Report on the Civil Veterinary Department, Eastern Bengal and Assam - 1907-1911
Year: 1907
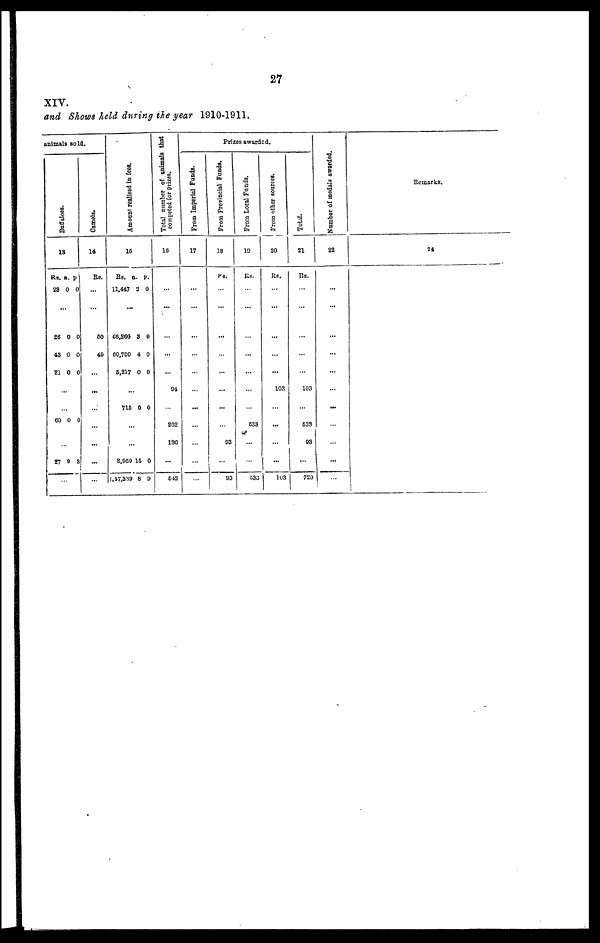
27
XIV.
and Shows held during the year 1910-1911.
animals sold.
Buffaloes.
13
RS. a. p.
23 0 0
...
26 0 0
43 0 0
21 0 0
...
...
60 0 0
...
27 9 3
...
Camels.
14
Re.
...
...
50
49
...
...
...
...
...
...
Amount realised in fees.
15
Rs. a. p.
11,447 2 0
...
66,260 3 0
69,790 4 0
5,217 0 0
...
715 0 0
...
...
2,959 15 0
1,47,389 8 9
Total number of animals that
competed for prizes.
16
...
...
...
...
...
94
...
202
186
...
642
From Imperial Funds.
17
...
...
...
...
...
...
...
...
...
...
...
Frizes awarded.
From Provincial Funds.
18
Rs.
...
...
...
...
...
...
...
...
93
...
93
From Local Funds.
19
Rs.
...
...
...
...
...
...
...
533
...
...
533
From other sources.
20
Rs.
...
...
...
...
...
103
...
...
...
...
103
Total.
21
Rs.
...
...
...
...
...
103
...
533
93
...
720
Number of modal a awarded.
22
...
...
...
...
...
...
...
...
...
Remarks.
24